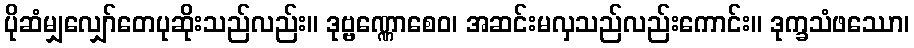
ပိုဆံမျှလျှော်တေပုဆိုးသည်လည်း။ ဒုဗ္ဗဏ္ဏောစေဝ၊ အဆင်းမလှသည်လည်းကောင်း။ ဒုက္ခသံဖဿော၊